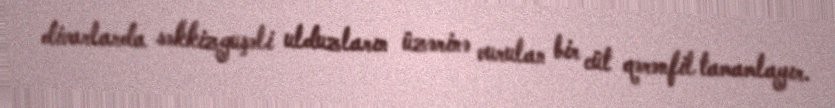
divarlarda səkkizguşəli ulduzların üzərinə vurulan bir cüt qərənfil tamamlayır.